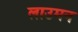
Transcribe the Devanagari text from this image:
लाउमन